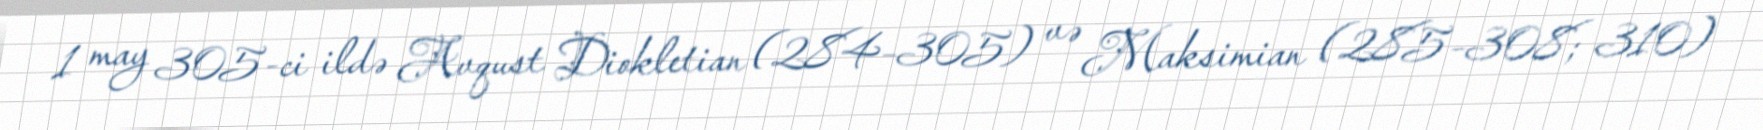
1 may 305-ci ildə Avqust Diokletian (284–305) və Maksimian (285–308; 310)